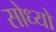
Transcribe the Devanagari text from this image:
सोध्यो